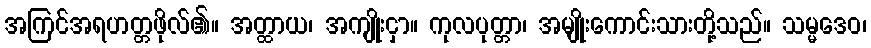
အကြင်အရဟတ္တဖိုလ်၏။ အတ္ထာယ၊ အကျိုးငှာ။ ကုလပုတ္တာ၊ အမျိုးကောင်းသားတို့သည်။ သမ္မဒေဝ၊